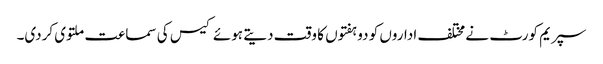
سپریم کورٹ نے مختلف اداروں کو دو ہفتوں کا وقت دیتے ہوئے کیس کی سماعت ملتوی کردی۔